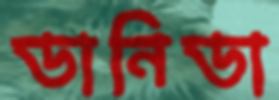
ডানিডা